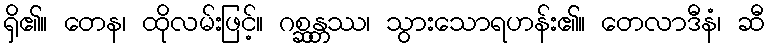
ရှိ၏။ တေန၊ ထိုလမ်းဖြင့်။ ဂစ္ဆန္တဿ၊ သွားသောရဟန်း၏။ တေလာဒီနံ၊ ဆီ